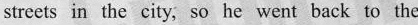
streets in the city, so he went back to the